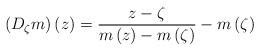
LaTeX: \begin{align*}\left( D_{\zeta}m\right) \left( z\right) =\dfrac{z-\zeta}{m\left( z\right)-m\left( \zeta\right) }-m\left( \zeta\right) \end{align*}